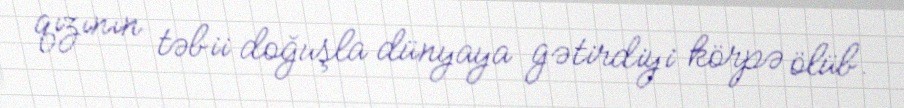
qızının təbii doğuşla dünyaya gətirdiyi körpə ölüb.